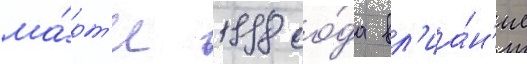
ма́рт'е 1998 го́да вл'иа́н'ие